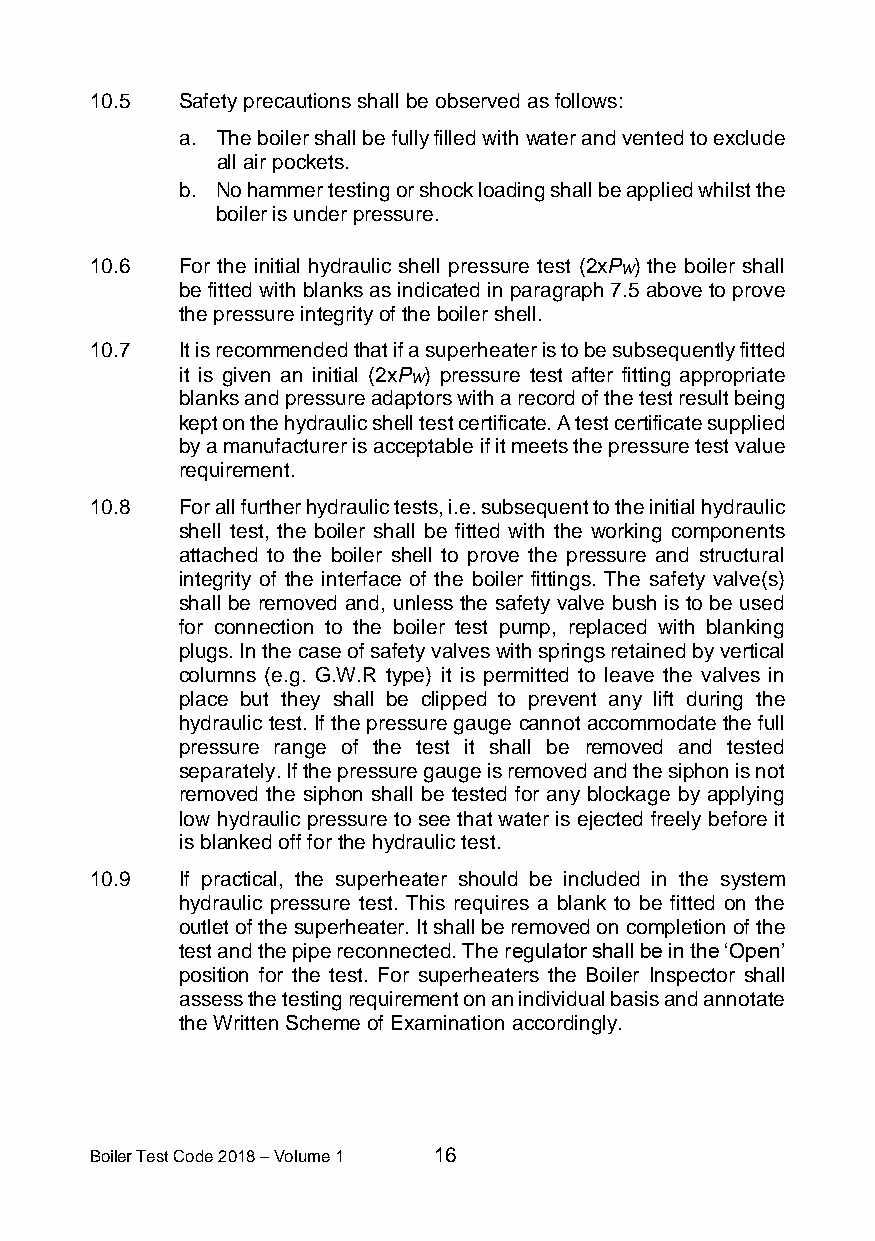
10.5  Safety precautions shall be observed as follows:
 a. The boiler shall be fully filled with water and vented to exclude
 all air pockets.
 b. No hammer testing or shock loading shall be applied whilst the
 boiler is under pressure.
 10.6  For the initial hydraulic shell pressure test (2xP ) the boiler shall
 W
 be fitted with blanks as indicated in paragraph 7.5 above to prove
 the pressure integrity of the boiler shell.
 10.7  It is recommended that if a superheater is to be subsequently fitted
 it is given an initial (2xP ) pressure test after fitting appropriate
 W
 blanks and pressure adaptors with a record of the test result being
 kept on the hydraulic shell test certificate. A test certificate supplied
 by a manufacturer is acceptable if it meets the pressure test value
 requirement.
 10.8  For all further hydraulic tests, i.e. subsequent to the initial hydraulic
 shell test, the boiler shall be fitted with the working components
 attached to the boiler shell to prove the pressure and structural
 integrity of the interface of the boiler fittings. The safety valve(s)
 shall be removed and, unless the safety valve bush is to be used
 for connection to the boiler test pump, replaced with blanking
 plugs. In the case of safety valves with springs retained by vertical
 columns (e.g. G.W.R type) it is permitted to leave the valves in
 place but they shall be clipped to prevent any lift during the
 hydraulic test. If the pressure gauge cannot accommodate the full
 pressure range of the test it shall be removed and tested
 separately. If the pressure gauge is removed and the siphon is not
 removed the siphon shall be tested for any blockage by applying
 low hydraulic pressure to see that water is ejected freely before it
 is blanked off for the hydraulic test.
 10.9  If practical, the superheater should be included in the system
 hydraulic pressure test. This requires a blank to be fitted on the
 outlet of the superheater. It shall be removed on completion of the
 test and the pipe reconnected. The regulator shall be in the ‘Open’
 position for the test. For superheaters the Boiler Inspector shall
 assess the testing requirement on an individual basis and annotate
 the Written Scheme of Examination accordingly.
 Boiler Test Code 2018 – Volume 1 16